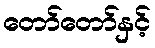
တော်တော်နှင့်